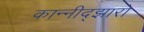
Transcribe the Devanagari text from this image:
कान्नीद्झारो